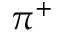
\pi ^ { + }